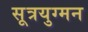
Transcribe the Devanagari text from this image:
सूत्रयुग्मन